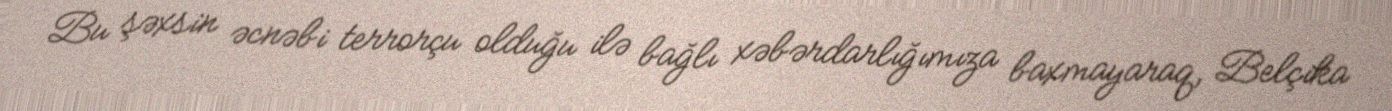
Bu şəxsin əcnəbi terrorçu olduğu ilə bağlı xəbərdarlığımıza baxmayaraq, Belçika